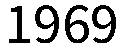
1969